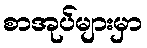
စာအုပ်များမှာ